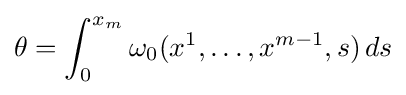
\theta =\int _{0}^{x_{m}}\omega _{0}(x^{1},\dots ,x^{m-1},s)\,ds